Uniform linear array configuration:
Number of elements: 4
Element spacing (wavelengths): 0.25
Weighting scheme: hann
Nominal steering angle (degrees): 15
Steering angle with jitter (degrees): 14.783
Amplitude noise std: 0.05
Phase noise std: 0.05

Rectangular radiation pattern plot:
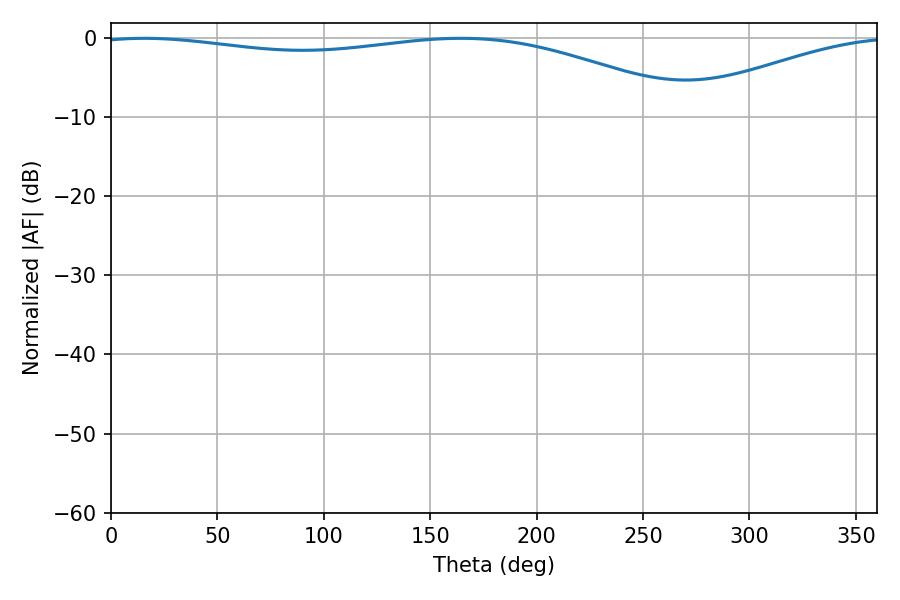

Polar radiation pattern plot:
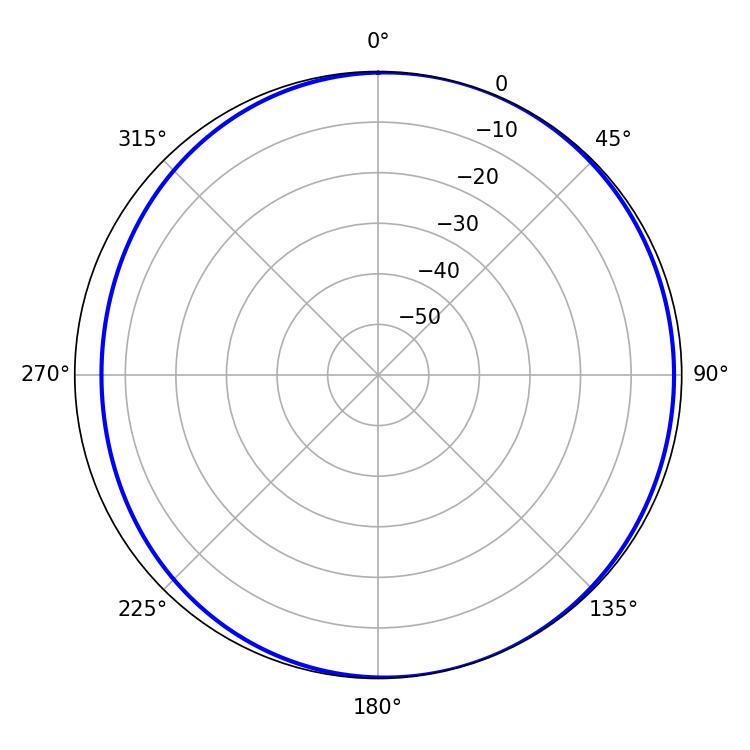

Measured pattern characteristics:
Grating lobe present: FALSE
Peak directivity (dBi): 4.39
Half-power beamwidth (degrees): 226.98
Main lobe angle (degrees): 15.66